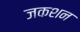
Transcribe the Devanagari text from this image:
जकशन